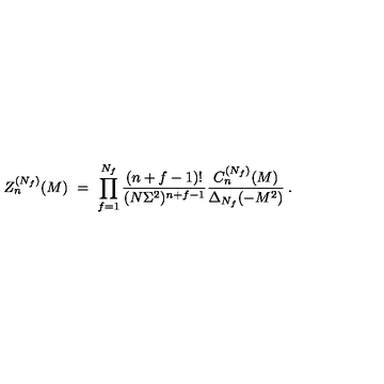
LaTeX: Z _ { n } ^ { ( N _ { f } ) } ( M ) \ = \ \prod _ { f = 1 } ^ { N _ { f } } \frac { ( n + f - 1 ) ! } { ( N \Sigma ^ { 2 } ) ^ { n + f - 1 } } \frac { C _ { n } ^ { ( N _ { f } ) } ( M ) } { \Delta _ { N _ { f } } ( - M ^ { 2 } ) } \: .